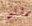
رائع